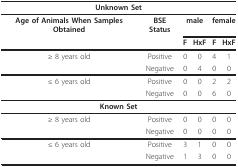
<table><thead><tr><td colspan="6"><b>Unknown Set</b></td></tr></thead><tbody><tr><td><b>Age of Animals When Samples Obtained</b></td><td><b>BSE Status</b></td><td colspan="2"><b>male</b></td><td colspan="2"><b>female</b></td></tr><tr><td></td><td></td><td><b>F</b></td><td><b>HxF</b></td><td><b>F</b></td><td><b>HxF</b></td></tr><tr><td>≥ 8 years old</td><td>Positive</td><td>0</td><td>0</td><td>4</td><td>1</td></tr><tr><td></td><td>Negative</td><td>0</td><td>4</td><td>0</td><td>0</td></tr><tr><td>≤ 6 years old</td><td>Positive</td><td>0</td><td>0</td><td>2</td><td>2</td></tr><tr><td></td><td>Negative</td><td>0</td><td>0</td><td>6</td><td>0</td></tr><tr><td colspan="6"><b>Known Set</b></td></tr><tr><td>≥ 8 years old</td><td>Positive</td><td>0</td><td>0</td><td>0</td><td>0</td></tr><tr><td></td><td>Negative</td><td>0</td><td>0</td><td>0</td><td>0</td></tr><tr><td>≤ 6 years old</td><td>Positive</td><td>3</td><td>1</td><td>0</td><td>0</td></tr><tr><td></td><td>Negative</td><td>1</td><td>3</td><td>0</td><td>0</td></tr></tbody></table>